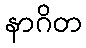
နာဂိတ